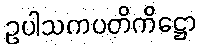
ဥပါသကပတိကိဋ္ဌော